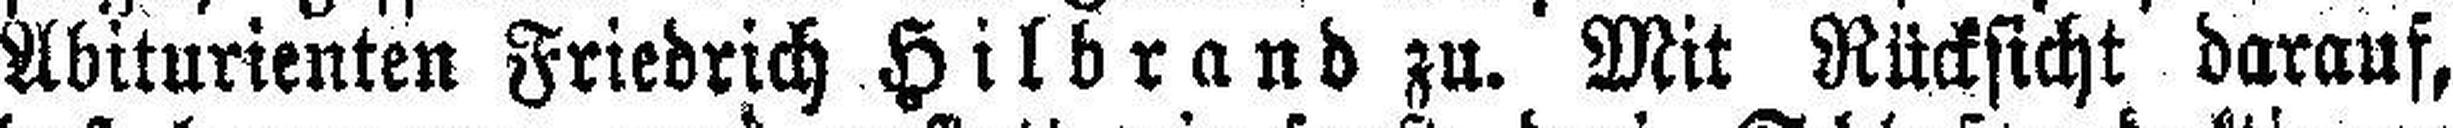
Abiturienten Friedrich Hilbrand zu. Mit Rücksicht darauf,